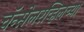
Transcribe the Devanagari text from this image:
चॅन्सेलरव्हिलच्या